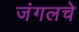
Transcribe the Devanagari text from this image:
जंगलचे